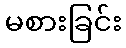
မစားခြင်း